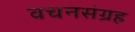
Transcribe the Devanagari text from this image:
वचनसंग्रह